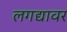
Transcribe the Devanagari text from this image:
लगद्यावर